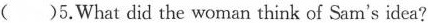
()5.What did the woman think of Sam's idea?